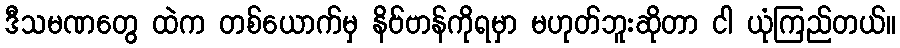
ဒီသမဏတွေ ထဲက တစ်ယောက်မှ နိဗ်ဗာန်ကိုရမှာ မဟုတ်ဘူးဆိုတာ ငါ ယုံကြည်တယ်။